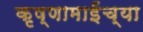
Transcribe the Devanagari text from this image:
कृष्णामाईंच्या